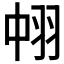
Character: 𮊹